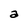
Character: a